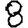
Digit: 8